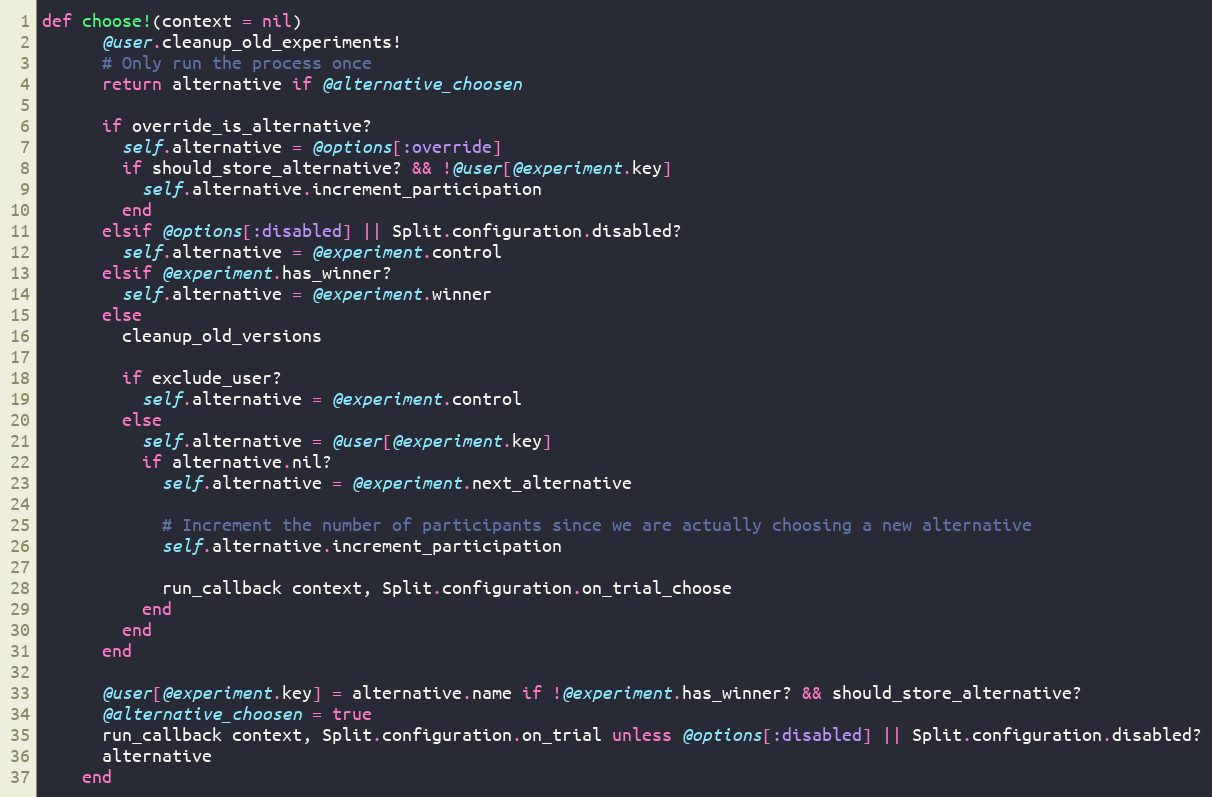
Language: Ruby
def choose!(context = nil)
      @user.cleanup_old_experiments!
      # Only run the process once
      return alternative if @alternative_choosen

      if override_is_alternative?
        self.alternative = @options[:override]
        if should_store_alternative? && !@user[@experiment.key]
          self.alternative.increment_participation
        end
      elsif @options[:disabled] || Split.configuration.disabled?
        self.alternative = @experiment.control
      elsif @experiment.has_winner?
        self.alternative = @experiment.winner
      else
        cleanup_old_versions

        if exclude_user?
          self.alternative = @experiment.control
        else
          self.alternative = @user[@experiment.key]
          if alternative.nil?
            self.alternative = @experiment.next_alternative

            # Increment the number of participants since we are actually choosing a new alternative
            self.alternative.increment_participation

            run_callback context, Split.configuration.on_trial_choose
          end
        end
      end

      @user[@experiment.key] = alternative.name if !@experiment.has_winner? && should_store_alternative?
      @alternative_choosen = true
      run_callback context, Split.configuration.on_trial unless @options[:disabled] || Split.configuration.disabled?
      alternative
    end